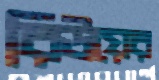
রিউয়ের